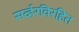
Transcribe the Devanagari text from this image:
सर्व्हरविरहित